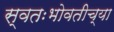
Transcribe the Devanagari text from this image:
स्वतःभोवतीच्या